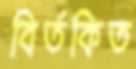
বির্তকিত